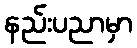
နည်းပညာမှာ